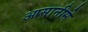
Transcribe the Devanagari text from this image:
आसानीसे